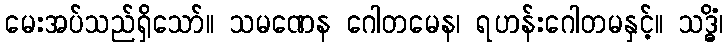
မေးအပ်သည်ရှိသော်။ သမဏေန ဂေါတမေန၊ ရဟန်းဂေါတမနှင့်။ သဒ္ဓိံ၊